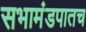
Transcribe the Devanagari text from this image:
सभामंडपातच